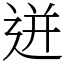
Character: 迸